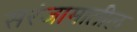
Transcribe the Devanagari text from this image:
सरंजामातील